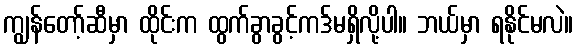
ကျွန်တော့်ဆီမှာ ထိုင်းက ထွက်ခွာခွင့်ကဒ်မရှိလို့ပါ။ ဘယ်မှာ ရနိုင်မလဲ။